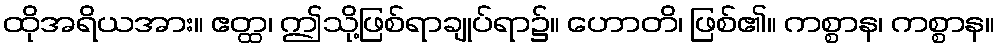
ထိုအရိယအား။ ဧတ္ထ၊ ဤသို့ဖြစ်ရာချုပ်ရာ၌။ ဟောတိ၊ ဖြစ်၏။ ကစ္စာန၊ ကစ္စာန။